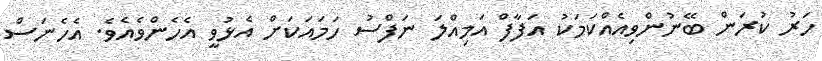
ހަރު ކުރަން ބޭނުންވިއެއްކަމަކު އަފާފް އަމިއްލަ ނަފްސު ހަމައަކަށް އެޅުވީ އެހެންވެއެވެ. އެހެނަސް